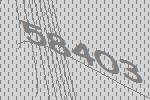
58403